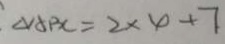
\Delta A B C = 2 \times 4 + 7